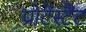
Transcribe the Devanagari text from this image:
प्रोटेंस्टैंट